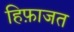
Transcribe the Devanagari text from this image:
हिफ़ाजत